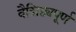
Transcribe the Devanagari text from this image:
वैशिष्ठ्यपूर्ण